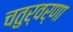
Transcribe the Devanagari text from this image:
चतुर्वर्णा